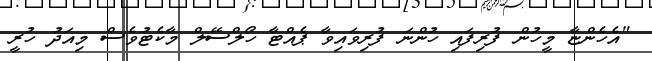
"އެހެންޏާ މީހުން ފުރިފައި ހުންނަ ފުރިވައިވާ ޕެއްޓާ ހޯލްސޭލް މާކެޓުވެސް މިއަދު ހުރީ